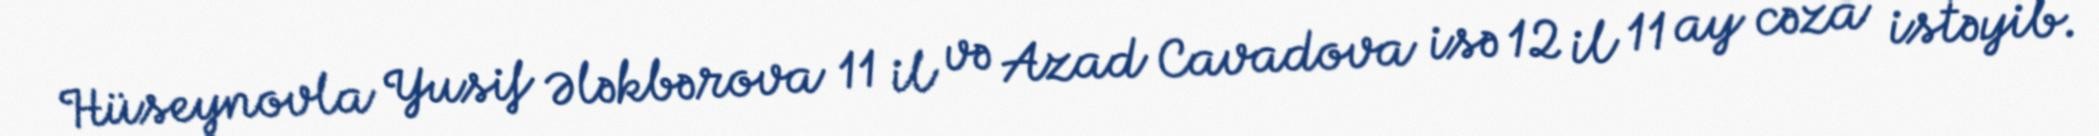
Hüseynovla Yusif Ələkbərova 11 il və Azad Cavadova isə 12 il 11 ay cəza istəyib.